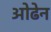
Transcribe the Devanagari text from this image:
ओढेन